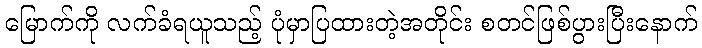
မြောက်ကို လက်ခံရယူသည့် ပုံမှာပြထားတဲ့အတိုင်း စတင်ဖြစ်ပွားပြီးနောက်